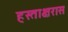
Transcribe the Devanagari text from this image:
हस्ताक्षरास